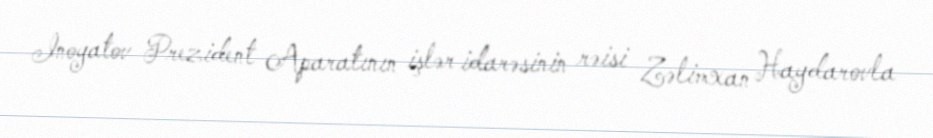
Inoyatov Prezident Aparatının işlər idarəsinin rəisi Zəlimxan Haydarovla